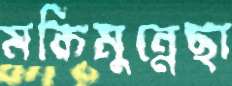
মকিমুন্নেছা